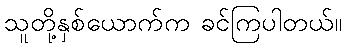
သူတို့နှစ်ယောက်က ခင်ကြပါတယ်။